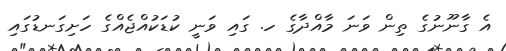
އެ ގާނޫނުގެ ތިން ވަނަ މާއްދާގެ ހ. ގައި ވަނީ ކުޑަކުއްޖެއްގެ ހަށިގަނޑުގައި